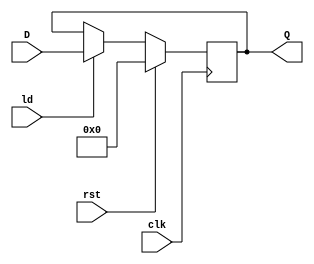
`timescale 1ns / 1ps
module register_32(clk, rst, ld, D, Q);
   input clk, rst;
   input ld;
   input [31:0] D;
   output reg [31:0] Q;

   always @(posedge clk) begin
      if (rst) begin
         Q = 0;
      end
      else if (ld) begin
         Q = D;
      end
   end
endmodule